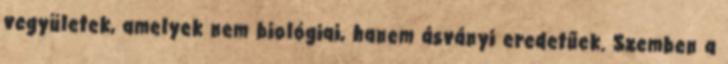
vegyületek, amelyek nem biológiai, hanem ásványi eredetűek. Szemben a